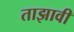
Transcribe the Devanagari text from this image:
ताझावी